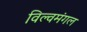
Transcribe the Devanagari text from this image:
विल्वमंगल